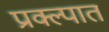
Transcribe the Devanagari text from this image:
प्रक्ल्पात